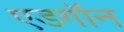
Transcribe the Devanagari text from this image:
एडगॉन